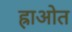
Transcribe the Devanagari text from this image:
ह्राओत